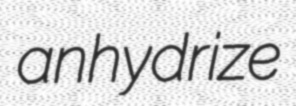
anhydrize